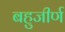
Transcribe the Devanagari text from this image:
बहुजीर्ण